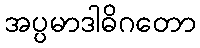
အပ္ပမာဒါဓိဂတော